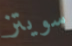
سويتز